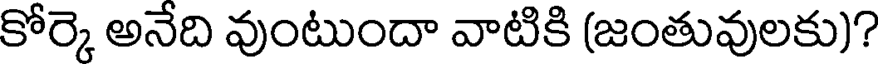
కోర్కె అనేది వుంటుందా వాటికి (జంతువులకు)?